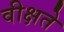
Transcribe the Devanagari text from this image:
वीक्षते